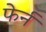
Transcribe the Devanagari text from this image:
फेर्न